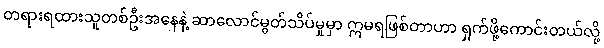
တရားရထားသူတစ်ဦးအနေနဲ့ ဆာလောင်မွတ်သိပ်မှုမှာ ဣမရဖြစ်တာဟာ ရှက်ဖို့ကောင်းတယ်လို့